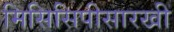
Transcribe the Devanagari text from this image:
मिसिसिपीसारखी